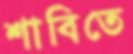
শাবিতে